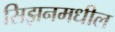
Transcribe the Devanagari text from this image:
सिझनमधील